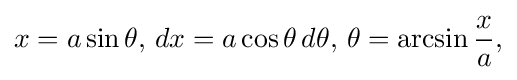
{\textstyle x=a\sin \theta ,\,dx=a\cos \theta \,d\theta ,\,\theta =\arcsin {\dfrac {x}{a}},}